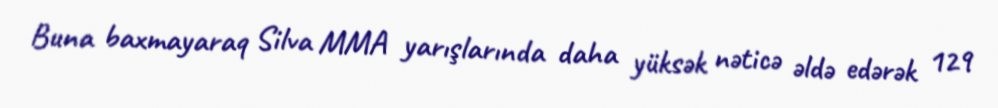
Buna baxmayaraq Silva MMA yarışlarında daha yüksək nəticə əldə edərək 129